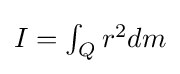
{\textstyle I=\int _{Q}r^{2}dm}